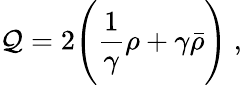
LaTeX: \mathcal{Q}=2\Biggl(\frac{{1}}{{\gamma}}\rho+\gamma\bar{{\rho}}\Biggr)~,